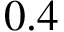
0 . 4